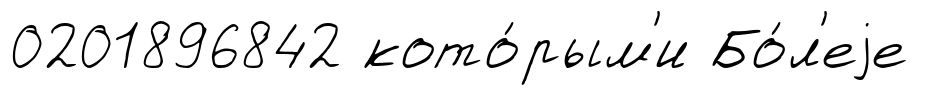
0201896842 кото́рым'и Бо́л'еjе